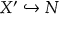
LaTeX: X ^ { \prime } \hookrightarrow N